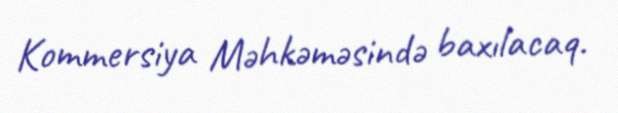
Kommersiya Məhkəməsində baxılacaq.